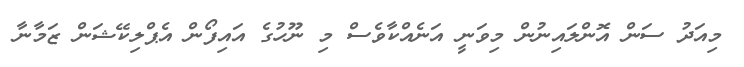
މިއަދު ސަން އޮންލައިނުން މިވަނީ އަނެއްކާވެސް މި ނޫހުގެ އައިފޯން އެޕްލިކޭޝަން ޒަމާނާ